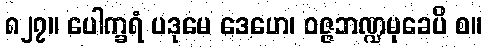
၈၂၇။ ပေါက္ခရံ ပဒုမေ ဒေဟေ၊ ဝဇ္ဇဘဏ္ဍမုခေပိ စ။